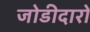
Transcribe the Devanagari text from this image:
जोडीदारों